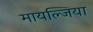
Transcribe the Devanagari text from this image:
मायल्जिया